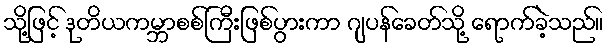
သို့ဖြင့် ဒုတိယကမ္ဘာစစ်ကြီးဖြစ်ပွားကာ ဂျပန်ခေတ်သို့ ရောက်ခဲ့သည်။